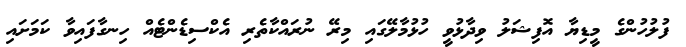
ފުލުހުންގެ މީޑިޔާ އޮފިޝަލު ވިދާޅުވީ ހުޅުމާލޭގައި މިރޭ ނުރައްކާތެރި އެކްސިޑެންޓެއް ހިނގާފައިވާ ކަމަށައި